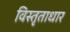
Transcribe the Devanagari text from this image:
विस्तृताधार